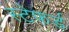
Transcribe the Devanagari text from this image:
स्टेफर्ड